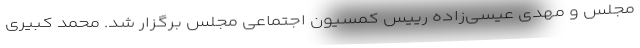
مجلس و مهدی عیسی‌زاده رییس کمسیون اجتماعی مجلس برگزار شد. محمد کبیری